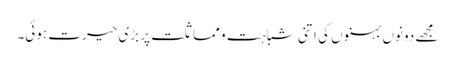
مجھے دونوں بہنوں کی اتنی شباہت و مماثلت پر بڑی حیرت ہوئی۔